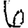
Digit: 6